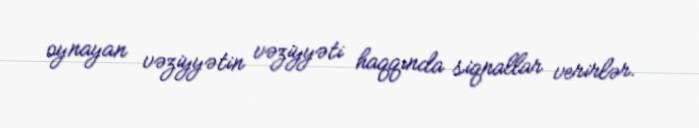
oynayan vəziyyətin vəziyyəti haqqında siqnallar verirlər.